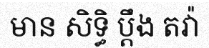
មាន សិទ្ធិ ប្តឹង តវ៉ា